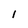
Character: 1